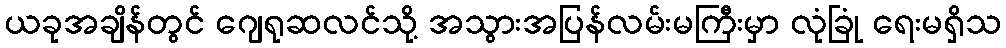
ယခုအချိန်တွင် ဂျေရုဆလင်သို့ အသွားအပြန်လမ်းမကြီးမှာ လုံခြုံ ရေးမရှိသ